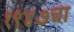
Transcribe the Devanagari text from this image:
१९४७चा